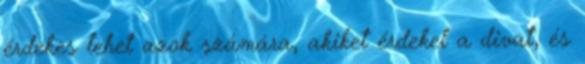
érdekes lehet azok számára, akiket érdekel a divat, és